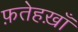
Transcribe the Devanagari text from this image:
फ़तेहख़ाँ